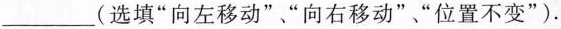
___(选填”向左移动”、”向右移动””、位置不变”).